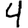
Digit: 4